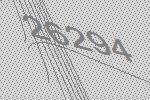
26294